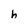
Character: h